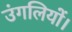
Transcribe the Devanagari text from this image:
उंगलियों।